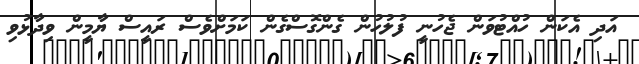
އަދި އެކަން ހުއްޓުވަން ޖެހުނީ ފުލުހުން ގެންގޮސްގެން ކަމަށްވެސް ރައީސް ޔާމީން ވިދާޅުވި